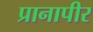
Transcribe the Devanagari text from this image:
प्रानापीर